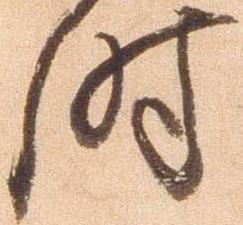
時